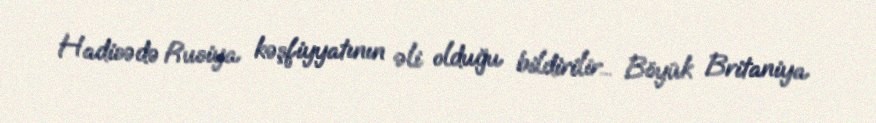
Hadisədə Rusiya kəşfiyyatının əli olduğu bildirilir... Böyük Britaniya